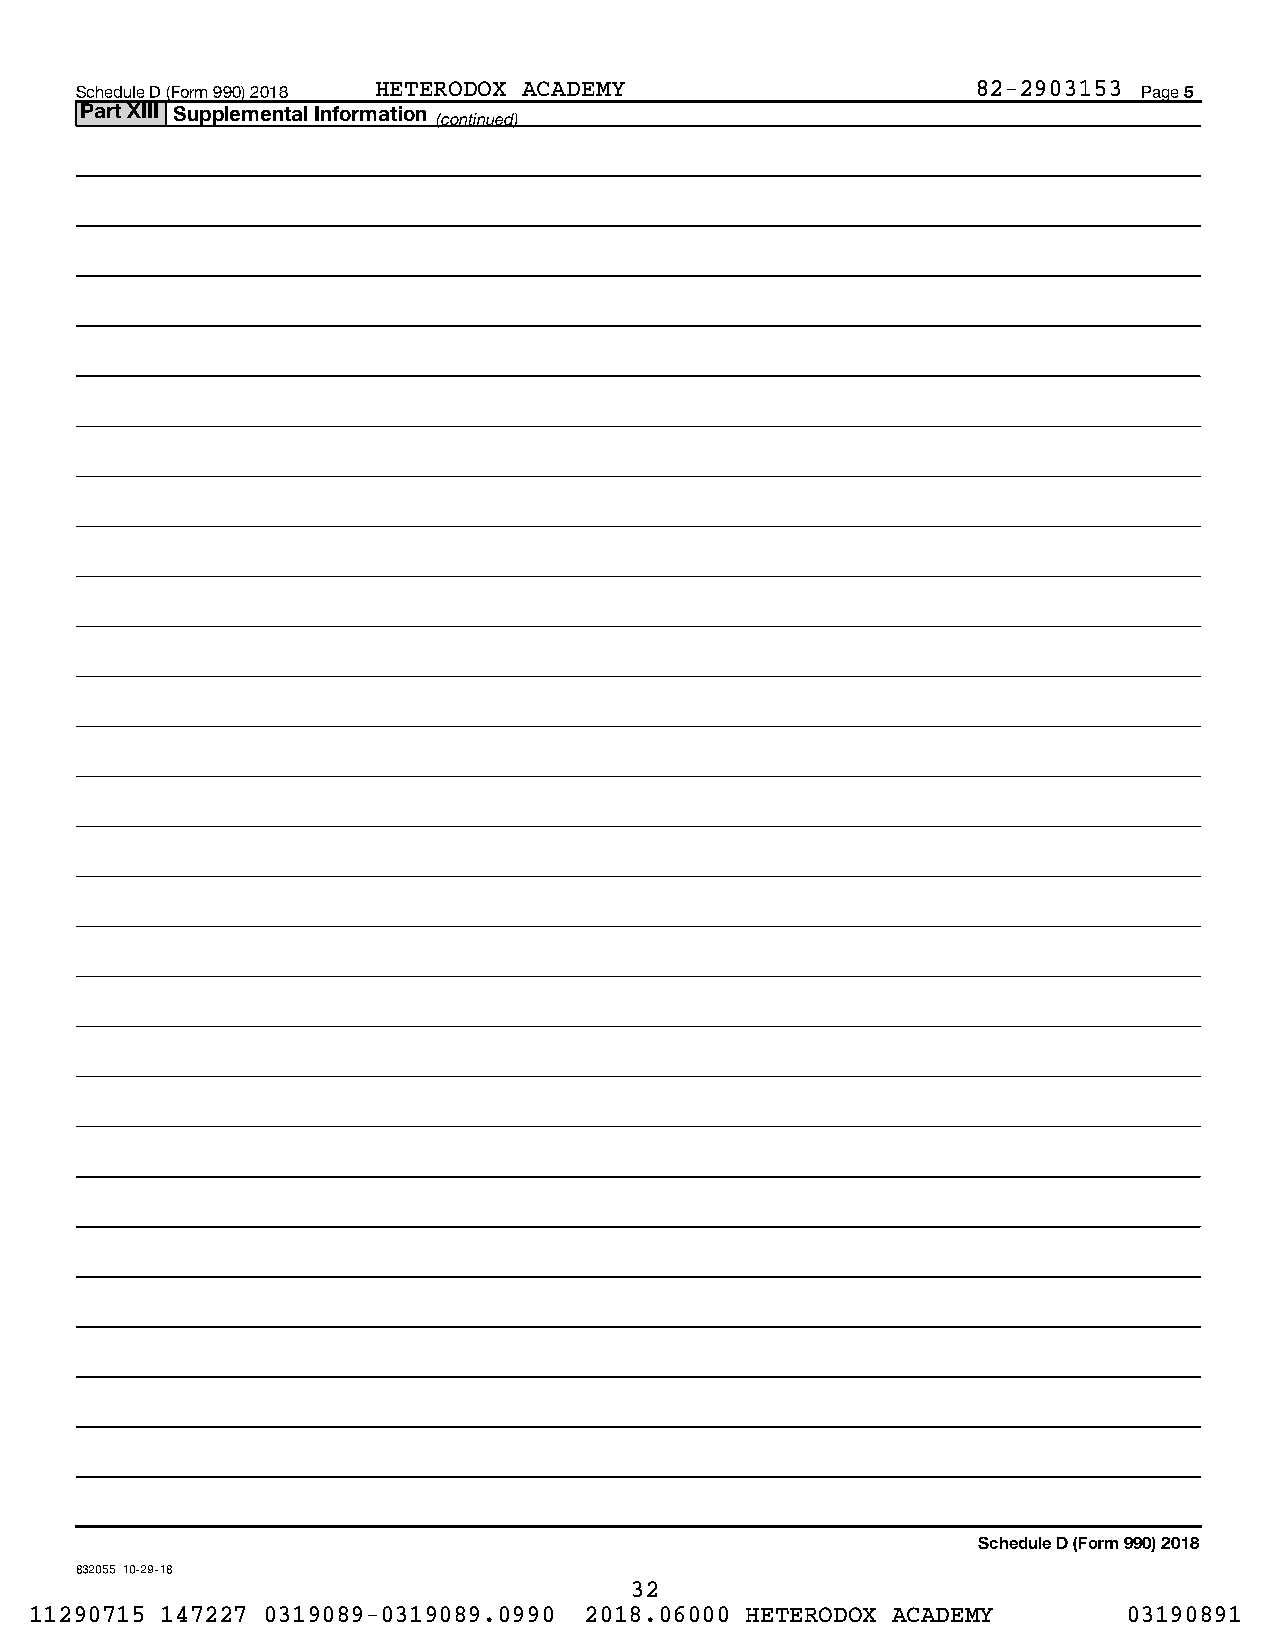
Schedule D (Form 990) 2018 HETERODOX ACADEMY                82-2903153 Page 5
 Part XIII Supplemental Information
 (continued)
 Schedule D (Form 990) 2018
 832055 10-29-18
 32
 11290715 147227 0319089-0319089.0990 2018.06000 HETERODOX ACADEMY        03190891